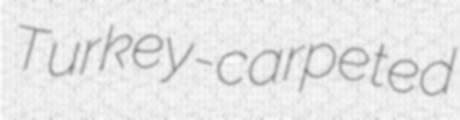
Turkey-carpeted